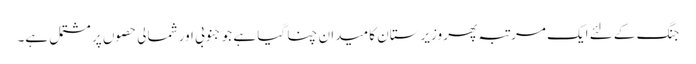
جنگ کے لئے ایک مرتبہ پھر وزیرستان کا میدان چنا گیا ہے جو جنوبی اور شمالی حصوں پر مشتمل ہے۔